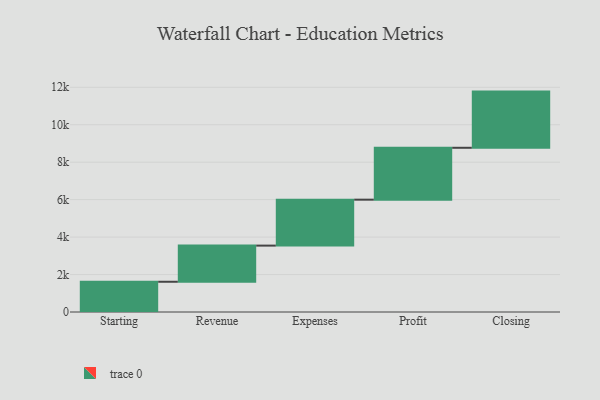
{"axis": {"x": "Step", "y": "Value"}, "legend": [""], "data": [{"x": "Starting", "y": 1615.0, "type": ""}, {"x": "Revenue", "y": 1930.0, "type": ""}, {"x": "Expenses", "y": 2453.0, "type": ""}, {"x": "Profit", "y": 2771.0, "type": ""}, {"x": "Closing", "y": 3000, "type": ""}]}